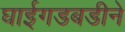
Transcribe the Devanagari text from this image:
घाईगडबडीने